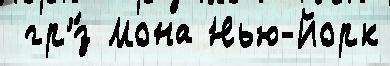
 гр'́з Мона Нью-Йорк